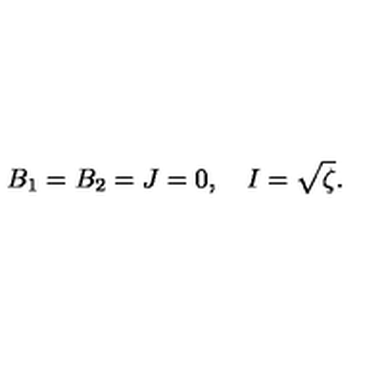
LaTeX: B _ { 1 } = B _ { 2 } = J = 0 , \quad I = \sqrt { \zeta } .